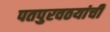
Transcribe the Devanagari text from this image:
पतपुरवठयांची